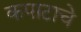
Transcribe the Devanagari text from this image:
कपाटाचे